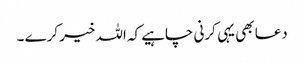
دعا بھی یہی کرنی چاہیے کہ اللہ خیر کرے ۔